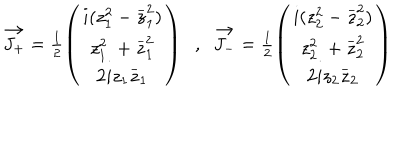
LaTeX: \begin{array} { c c } { { \vec { J _ { + } } = \frac { 1 } { 2 } \left( \begin{array} { c } { { i ( z _ { 1 } ^ { 2 } - \stackrel { - } { z } _ { 1 } ^ { 2 } ) } } \\ { { z _ { 1 } ^ { 2 } \; + \stackrel { - } { z } _ { 1 } ^ { 2 } } } \\ { { 2 i z _ { 1 } \stackrel { - } { z } _ { 1 } } } \\ \end{array} \right) \; \; , \; \; \vec { J _ { - } } = \frac { 1 } { 2 } \left( \begin{array} { c } { { i ( z _ { 2 } ^ { 2 } - \stackrel { - } { z } _ { 2 } ^ { 2 } ) } } \\ { { z _ { 2 } ^ { 2 } \; + \stackrel { - } { z } _ { 2 } ^ { 2 } } } \\ { { 2 i z _ { 2 } \stackrel { - } { z } _ { 2 } } } \\ \end{array} \right) } } \\ \end{array}